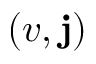
( v , \mathbf { j } )